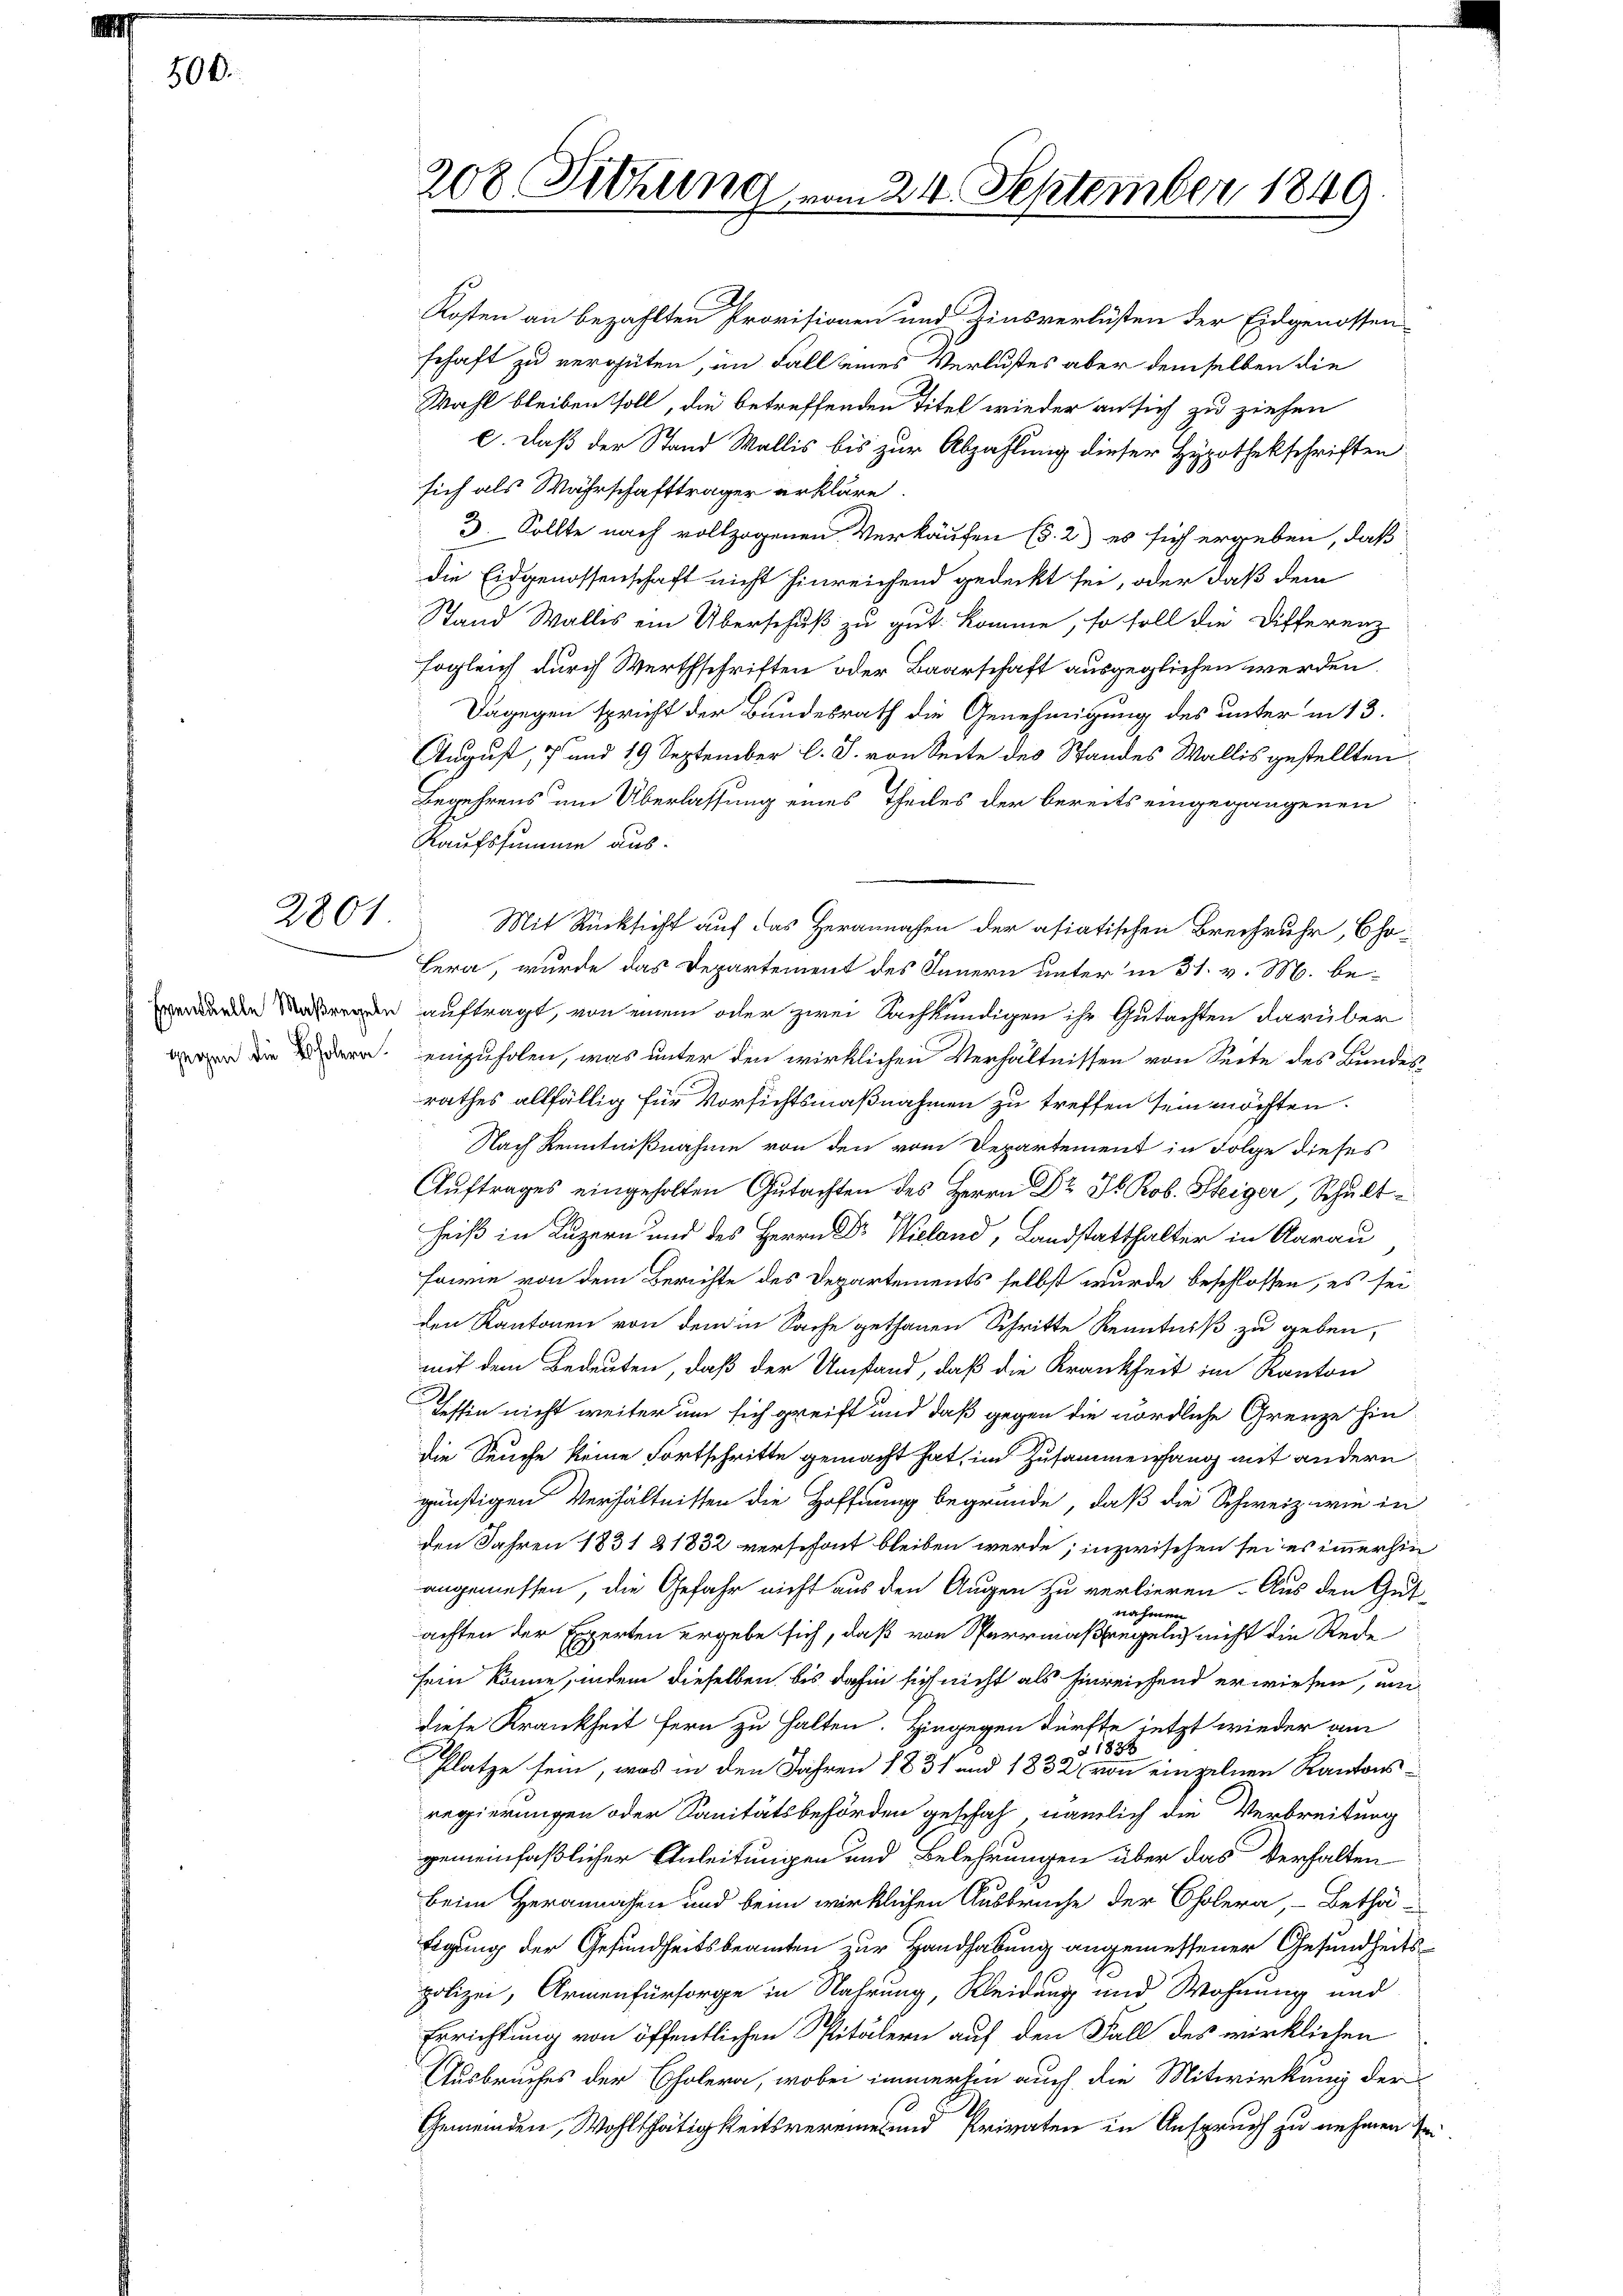
00.

2801.

Kosten an bezahlten Provisionen und Zinsverlüsten der Eidgenossen-
schaft zu vergüten, im Fall eines Verlustes aber demselben die
Wahl bleiben soll, die betreffenden Titel wieder an sich zu ziehen
c. daß der Stand Wallis bis zur Abzahlung dieser Hypothekschriften
sich als Wahrschaftträger erkläre.
3. Sollte nach vollzogenen Verkäufen (s. 2) es sich ergeben, daß
die Eidgenossenschaft nicht hinreichend gedeckt sei, oder daß dem
Stand Wallis ein Überschuß zu gut komme, so soll die Differenz
sogleich durch Werthschriften oder Baarschaft ausgeglichen werden.
Dagegen spricht der Bundesrath die Genehmigung des unter in 13.
August, 7 und 19 September l. J. von Seite des Standes Wallis gestellten
Begehrens um Überlassung eines Theiles der bereits eingegangenen
Kaufssumme aus-
Mit Rücksicht auf das Herannahen der asiatischen Brechruhr, Cho¬
Lera, wurde das Departement des Innern unter in 31. v. M. bede auftragt, von einem oder zwei Sachkundigen ihr Gutachten darüber
 die dern einzuholen, was unter den wirklichen Verhältnissen von Seite des Bundesrathes allfällig für Vorsichtsmaßnahmen zu treffen sein möchten.
Nach Kenntnißnahme von den vom Departement in Folge dieses
Aŭftrages eingeholten Gutachten des Herrn Dr. Jb. Rob. Steiger, Schŭlt
heiß in Luzern und des Herrn Dr Wieland, Landstatthalter in Aarau
sowie von dem Berichte des Departements selbst wurde beschlossen, es sei
den Kantonen von dem in Sache gethanen Schritte Kenntniß zu geben,
mit dem Bedeuten, daß der Umstand, daß die Krankheit im Kanton
Tessin nicht weiter um sich greift und daß gegen die nördliche Grenze hin
die Seuche keine Fortschritte gemacht hat, im Zusammenhang auf andern
günstigen Verhältnissen die Hoffnung begründe, daß die Schweiz wie in
den Jahren 1831 & 1832 verschont bleiben werde; inzwischen sei es immerhin
angemessen, die Gefahr nicht aus den Augen zu verlieren. Aus den Gut-
dia hören
achten der Experten ergebe sich, daß von Sperrmaßregelich nicht die Rede
sein könne, indem dieselben bis dahin sich nicht als hinreichend erwiesen, um
diese Krankheit fern zu halten. Hingegen dürfte jetzt wieder am
182 x
Platze sein, was in den Jahren 1831 und 1832 von einzelnen Kantons-
regierungen oder Sanitätsbehörden geschah nämlich die Verbreitung
gemeinfaßlicher Anleitungen und Belehrungen über das Verhalten
beim Herannahen und beim wirklichen Ausbruche der Cholera, - Bethä-
Eigung der Gesundheitsbeamten zur Handhabung angemessener Gesundheitspolizei, Armenfürsorge in Nahrung, Kleidung und Wohnung und
Errichtung von öffentlichen Spitälern auf den Fall des wirklichen
Ausbruches der Cholera, wobei immerhin auch die Mitwirkung der
Gemeinden, Wohlthätigkeitsvereine und Privaten in Anspruch zu nehmen se

208 Sitzung vom 24. September 1849
e

e